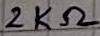
Text: 2KΩ